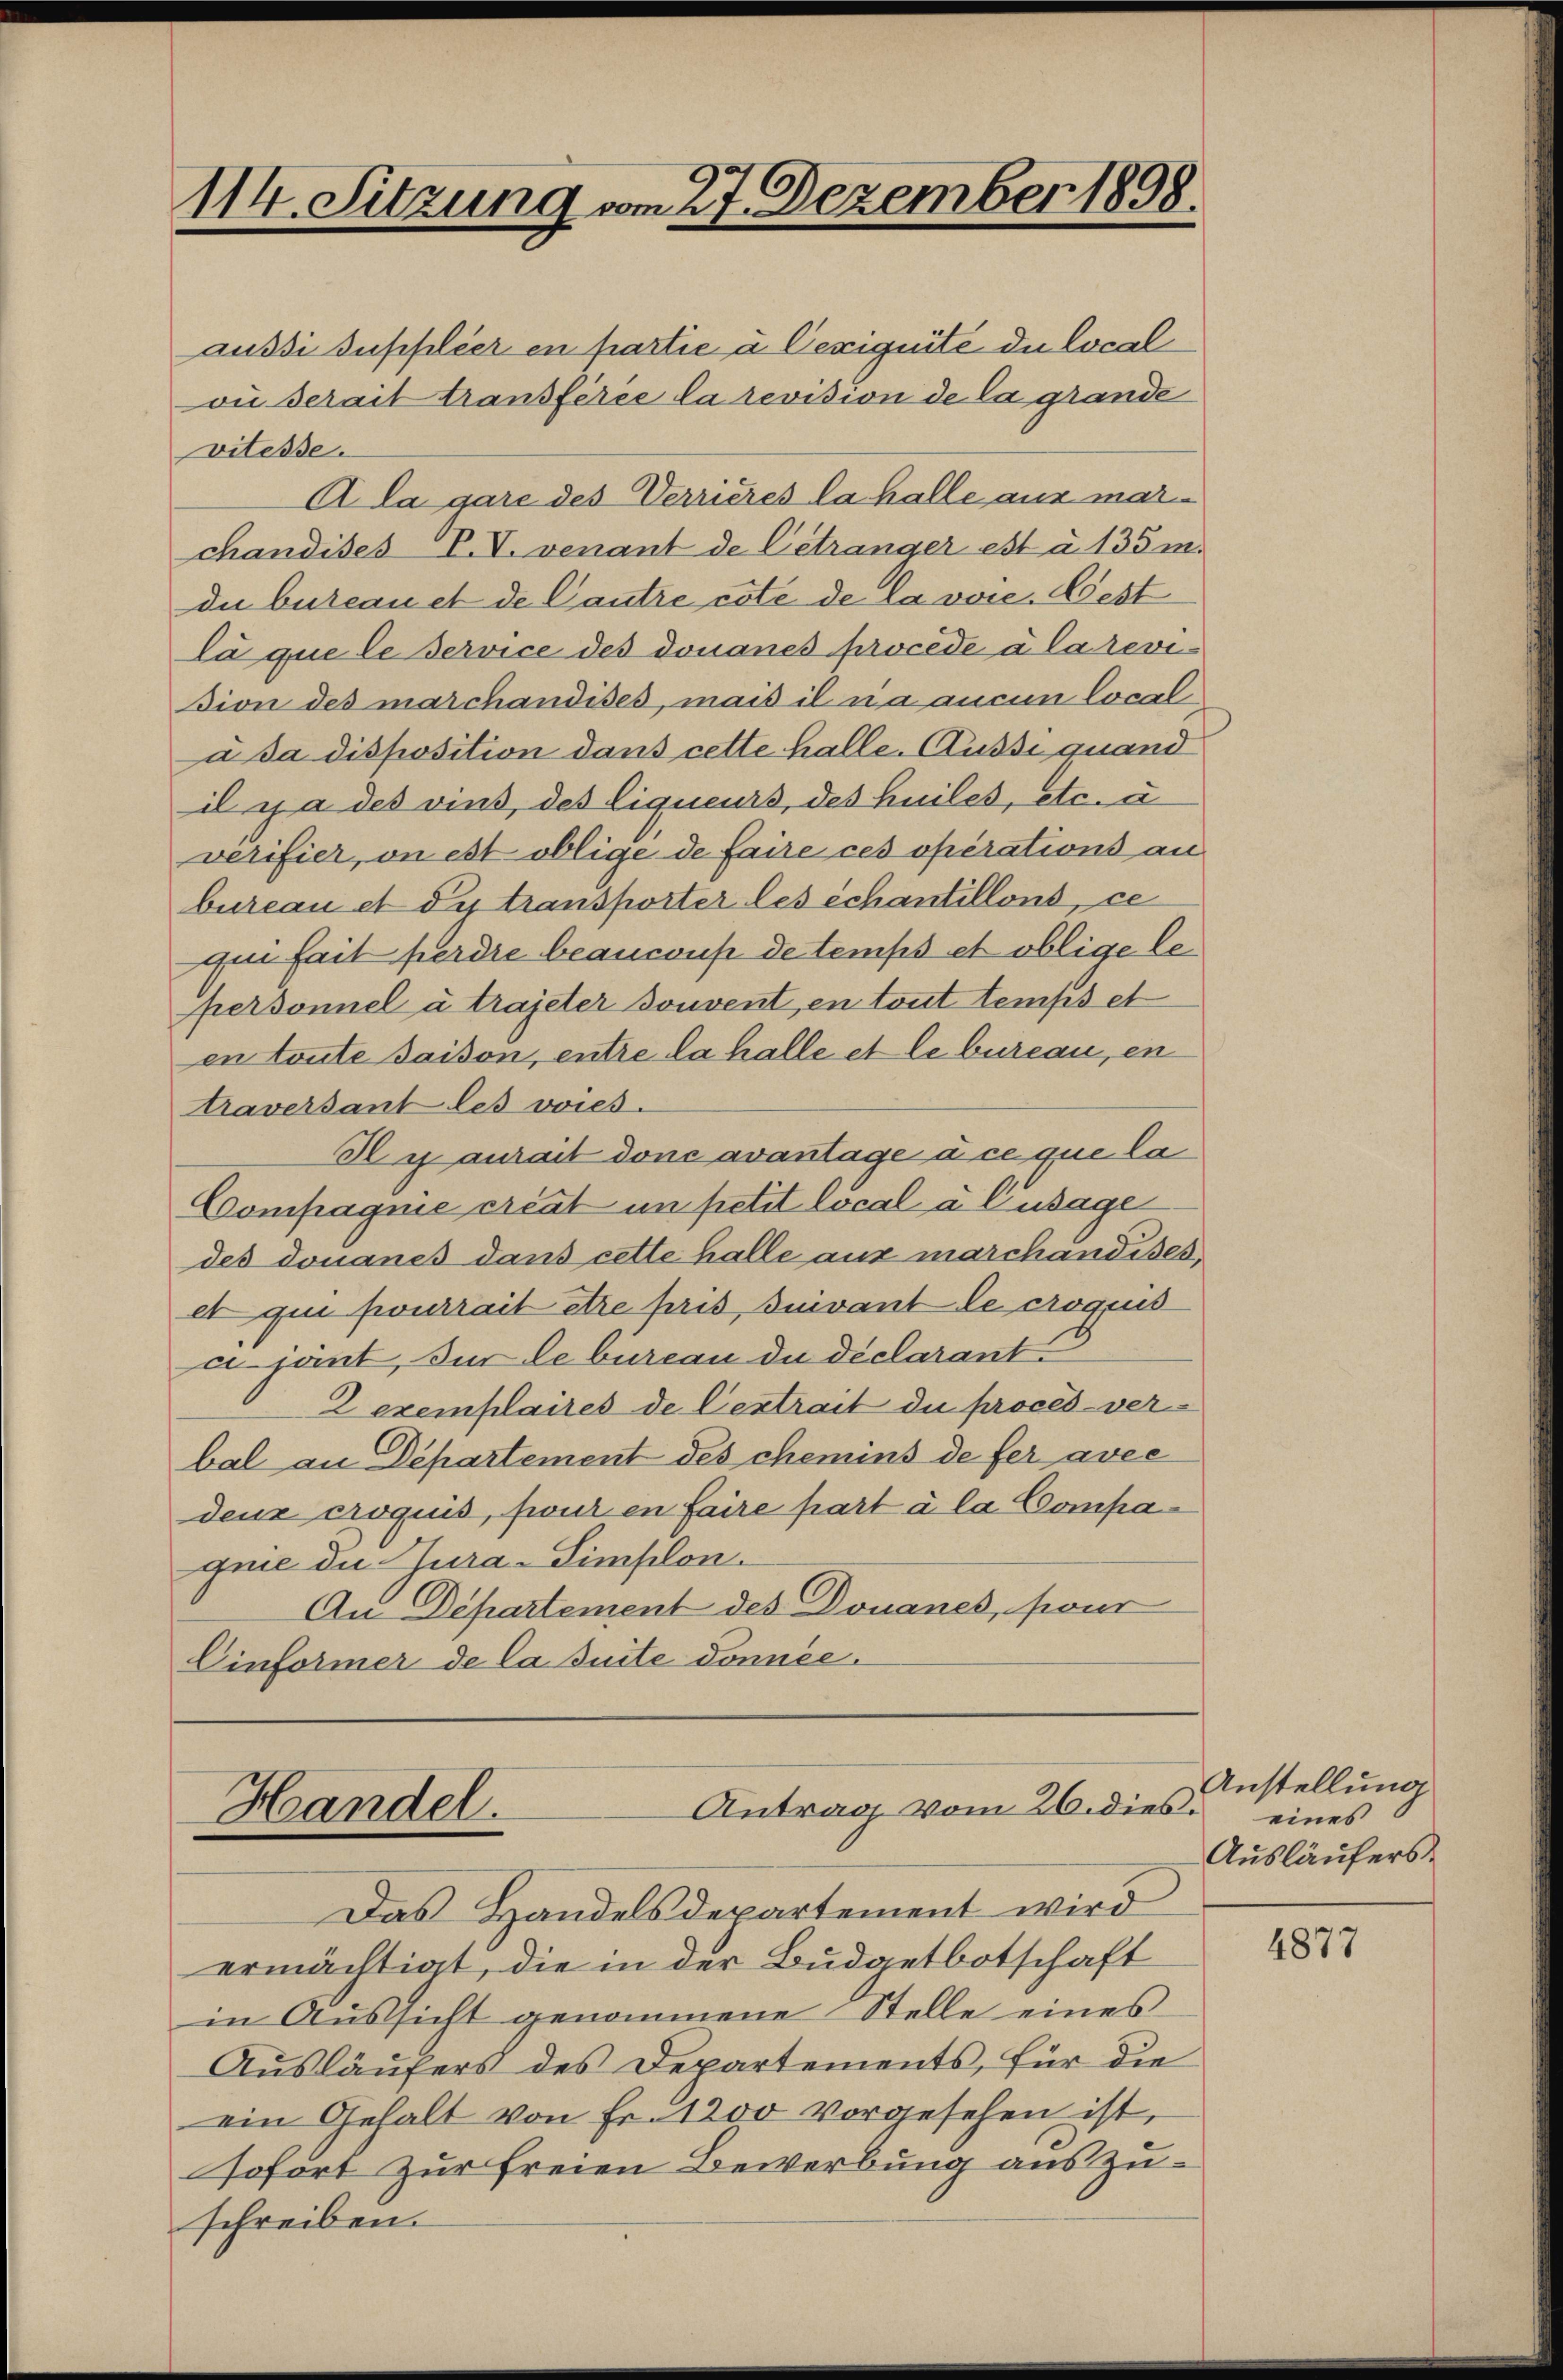
114. Sitzung vom 27. Dezember 1898.

aussi suppléer en partie à Cexignité du local
vn derait transférée la revision de la grande
vitesse.
Ala gare des Verrieres la halle aus marchandises V. V. venant de Cétranger est à 135 m.
die bureau et de Cautre cote de la voie Fest
La que le service des donanes procede à la revision des marchandises, mais il na aucun local
a da disposition dans cette halle. Aussi quand
il y a des vins, des liqueurs, des huiles, etc. u.
verifier, on est oblige de faire ces operations an
bureau et du transporter les échantillons, ce
ge fait perdre beansons de temps et oblige le
personnel à trajeter souvent en tout temps et
en toute saison, entre la halle et le bureau, en
traversant les voies.
I y aurait donc avantage à ce que la
Compagnie creat in petit local à Cusage
des donanes dans cette halle aus marchandises
et qui pourrait être pris, suivant le croquis
cijant, der lebureau du déclarant
Lexemplaires de Centrait du procès-verbal an Departement des chemins de fer avec
dene croquis, fruit en faire part à la Compagnie die Jura-Simplon.
An Departement des Douanes, pour
Einformer de la suite donnée.

Antrag vom 26. dies
Handel.

Das Handelsdepartement wird
ermächtigt, die in der Budgetbotschaft
in Aussicht genommene Stelle eines
Ausläufers des Departements, für die
ein Gehalt von Fr. 1200 vorgesehen ist,
sofort zur Freien Bewerbung auszuschreiben.

Anstellung
eines
Ausläufers.

4877